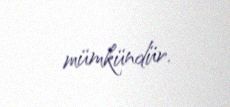
mümkündür.